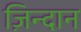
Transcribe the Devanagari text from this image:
ज़िन्दान